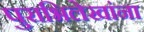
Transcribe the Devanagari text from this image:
पुराभिलेखांना